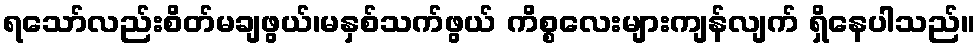
ရသော်လည်းစိတ်မချဖွယ်၊မနှစ်သက်ဖွယ် ကိစ္စလေးများကျန်လျက် ရှိနေပါသည်။